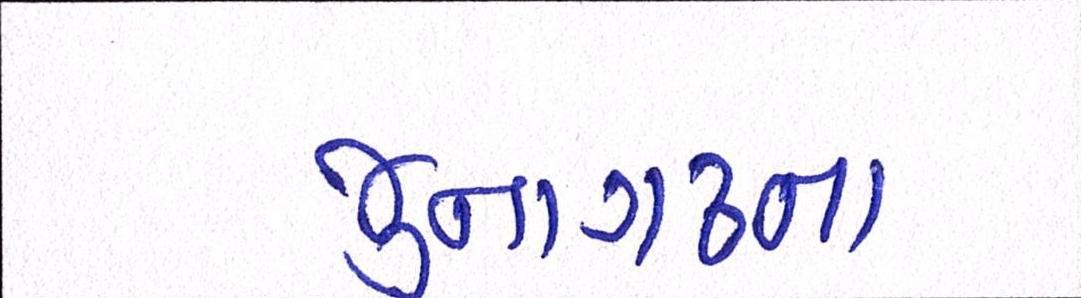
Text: જુનાગઢના